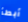
أبطأ